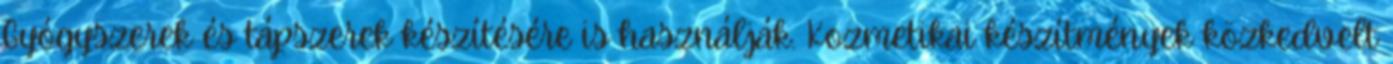
Gyógyszerek és tápszerek készítésére is használják. Kozmetikai készítmények közkedvelt